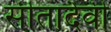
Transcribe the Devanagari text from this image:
सीतादेवी